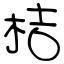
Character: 桔